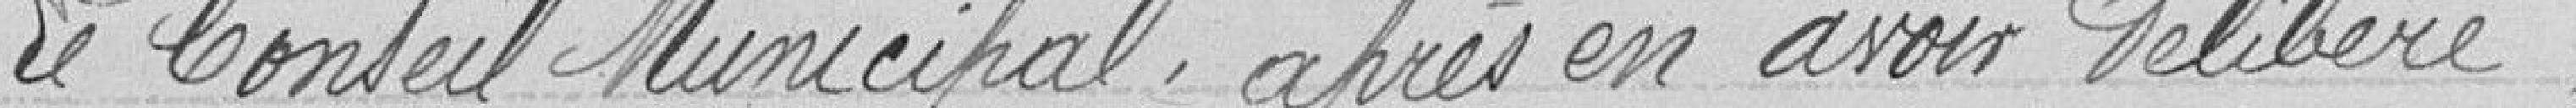
Le Conseil Municipal, après en avoir délibéré